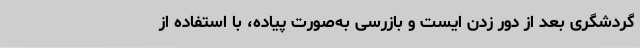
گردشگری بعد از دور زدن ایست و بازرسی به‌صورت پیاده، با استفاده از